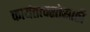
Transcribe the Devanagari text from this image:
कार्यतत्परतेसाठी